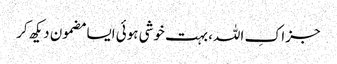
جزاکِ اللہ، بہت خوشی ہوئی ایسا مضمون دیکھ کر